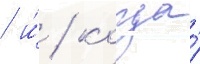
/ и́ / когда́